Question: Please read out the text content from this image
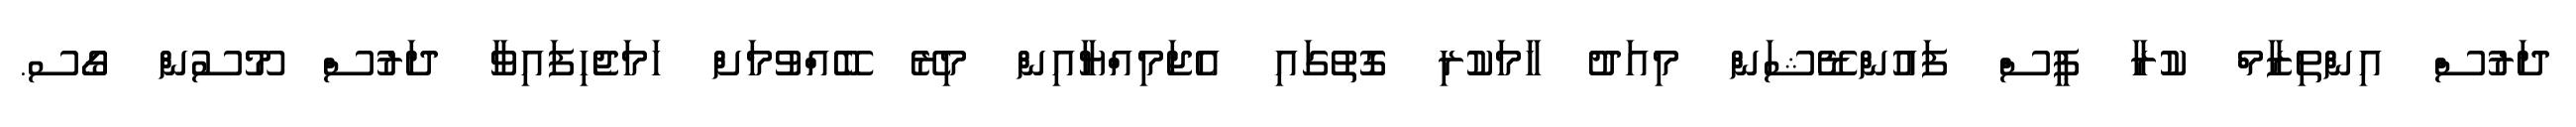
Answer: ދަރުސް އިންތިޒާމް ކުރާ ޕީސް ފައުންޑޭޝަން މިއަދު ހާމަކުރި ގޮތުގައި އެޖަމިއްޔާއިން މިރޭ ބޭއްވުމަށް ހަމަޖެހިފައިވާ ދަރުސް މޫސުން ގޯސ.